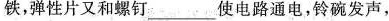
铁，弹性片又和螺钉___使电路通电，铃碗发声，